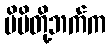
မိမိတို့ဘက်က